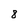
Character: 8